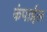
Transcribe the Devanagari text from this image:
कंपाईल